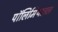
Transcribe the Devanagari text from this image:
पॉलिमिथाइल